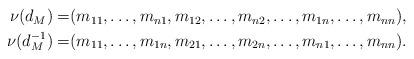
LaTeX: \begin{align*}\aligned\nu(d_M)=&(m_{11},\ldots,m_{n1},m_{12},\ldots,m_{n2},\ldots,m_{1n},\ldots,m_{nn}),\\\nu(d_M^{-1})=&(m_{11},\ldots,m_{1n},m_{21},\ldots,m_{2n},\ldots,m_{n1},\ldots,m_{nn}).\endaligned\end{align*}